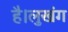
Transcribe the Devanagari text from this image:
है।लुखंग